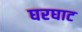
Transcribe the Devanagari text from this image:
घरघाट